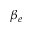
\beta _ { e }